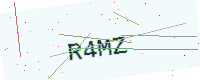
Text: R4MZ